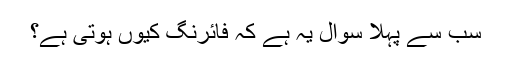
سب سے پہلا سوال یہ ہے کہ فائرنگ کیوں ہوتی ہے؟